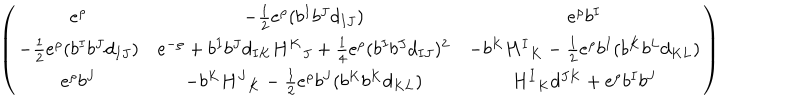
\left( \begin{array} { c c c } { { e ^ { \rho } } } & { { - { \frac { 1 } { 2 } } e ^ { \rho } ( b ^ { I } b ^ { J } d _ { I J } ) } } & { { e ^ { \rho } b ^ { I } } } \\ { { - { \frac { 1 } { 2 } } e ^ { \rho } ( b ^ { I } b ^ { J } d _ { I J } ) } } & { { e ^ { - \rho } + b ^ { I } b ^ { J } d _ { I K } { H ^ { K } } _ { J } + { \frac { 1 } { 4 } } e ^ { \rho } ( b ^ { I } b ^ { J } d _ { I J } ) ^ { 2 } } } & { { - b ^ { K } { H ^ { I } } _ { K } - { \frac { 1 } { 2 } } e ^ { \rho } b ^ { I } ( b ^ { K } b ^ { L } d _ { K L } ) } } \\ { { e ^ { \rho } b ^ { J } } } & { { - b ^ { K } { H ^ { J } } _ { K } - { \frac { 1 } { 2 } } e ^ { \rho } b ^ { J } ( b ^ { K } b ^ { K } d _ { K L } ) } } & { { { H ^ { I } } _ { K } d ^ { J K } + e ^ { \rho } b ^ { I } b ^ { J } } } \\ \end{array} \right)